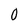
Character: 0